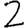
Digit: 2